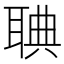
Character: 𦖌